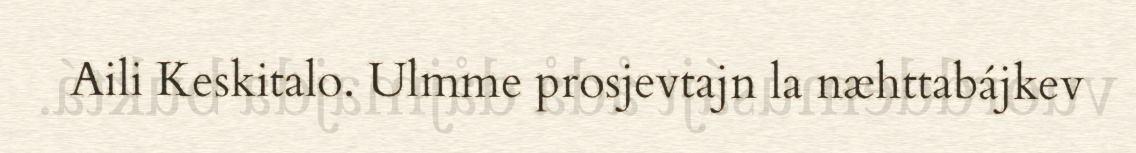
Aili Keskitalo. Ulmme prosjevtajn la næhttabájkev